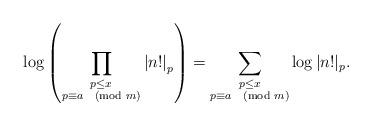
LaTeX: \begin{align*} \log\left(\prod_{\substack{p \leq x \\p \equiv a \pmod m}} \left|n!\right|_p\right)=\sum_{\substack{p \leq x \\ p \equiv a \pmod m}} \log |n!|_p.\end{align*}